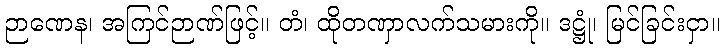
ဉာဏေန၊ အကြင်ဉာဏ်ဖြင့်။ တံ၊ ထိုတဏှာလက်သမားကို။ ဒဋ္ဌုံ၊ မြင်ခြင်းငှာ။